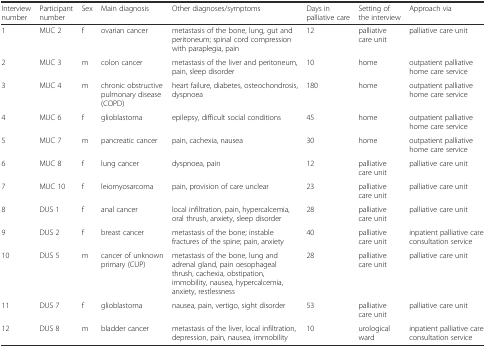
| Interview number | Participant number | Sex | Main diagnosis | Other diagnoses/symptoms | Days in palliative care | Setting of the interview | Approach via |
 | --- | --- | --- | --- | --- | --- | --- | --- |
 | 1 | MUC 2 | f | ovarian cancer | metastasis of the bone, lung, gut and peritoneum; spinal cord compression with paraplegia, pain | 12 | palliative care unit | palliative care unit |
 | 2 | MUC 3 | m | colon cancer | metastasis of the liver and peritoneum, pain, sleep disorder | 10 | home | outpatient palliative home care service |
 | 3 | MUC 4 | m | chronic obstructive pulmonary disease (COPD) | heart failure, diabetes, osteochondrosis, dyspnoea | 180 | home | outpatient palliative home care service |
 | 4 | MUC 6 | f | glioblastoma | epilepsy, difficult social conditions | 45 | home | outpatient palliative home care service |
 | 5 | MUC 7 | m | pancreatic cancer | pain, cachexia, nausea | 30 | home | outpatient palliative home care service |
 | 6 | MUC 8 | f | lung cancer | dyspnoea, pain | 12 | palliative care unit | palliative care unit |
 | 7 | MUC 10 | f | leiomyosarcoma | pain, provision of care unclear | 23 | palliative care unit | palliative care unit |
 | 8 | DUS 1 | f | anal cancer | local infiltration, pain, hypercalcemia, oral thrush, anxiety, sleep disorder | 28 | palliative care unit | palliative care unit |
 | 9 | DUS 2 | f | breast cancer | metastasis of the bone; instable fractures of the spine; pain, anxiety | 40 | palliative care unit | inpatient palliative care consultation service |
 | 10 | DUS 5 | m | cancer of unknown primary (CUP) | metastasis of the bone, lung and adrenal gland, pain oesophageal thrush, cachexia, obstipation, immobility, nausea, hypercalcemia, anxiety, restlessness | 28 | palliative care unit | palliative care unit |
 | 11 | DUS 7 | f | glioblastoma | nausea, pain, vertigo, sight disorder | 53 | palliative care unit | palliative care unit |
 | 12 | DUS 8 | m | bladder cancer | metastasis of the liver, local infiltration, depression, pain, nausea, immobility | 10 | urological ward | inpatient palliative care consultation service |